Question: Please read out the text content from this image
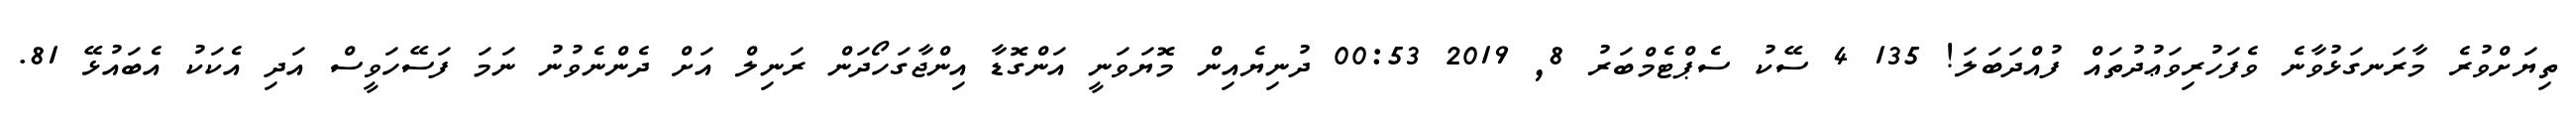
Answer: ތިޔަށްވުރެ މާރަނގަޅުވާނެ ވެފަހުރިވަޢުދުތައް ފުއްދަބަލަ! 135 4 ސޭކު ސެޕްޓެމްބަރު 8, 2019 00:53 ދުނިޔެއިން މޮޔަވަނީ އަންގޮޑާ އިންޖާގަހޯދަން ރަނިލް އަށް ދެންނެވުނު ނަމަ ފަސޭހަވީސް އަދި އެކަކު އެބައުޅޭ 81.